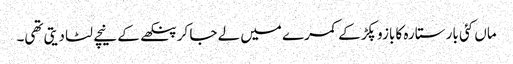
ماں کئی بار ستارہ کا بازو پکڑ کے کمرے میں لے جا کر پنکھے کے نیچے لٹا دیتی تھی۔